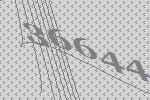
36644